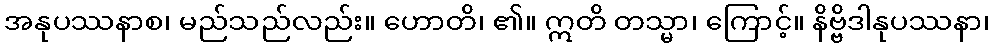
အနုပဿနာစ၊ မည်သည်လည်း။ ဟောတိ၊ ၏။ ဣတိ တသ္မာ၊ ကြောင့်။ နိဗ္ဗိဒါနုပဿနာ၊